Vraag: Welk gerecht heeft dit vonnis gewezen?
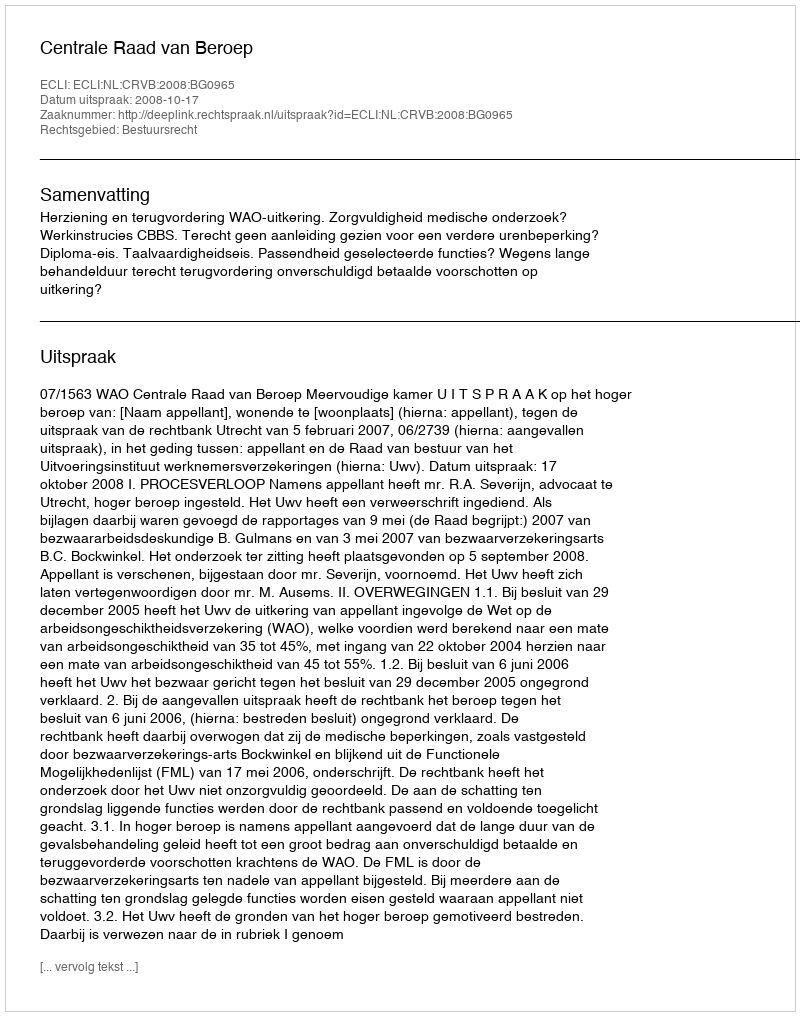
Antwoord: Centrale Raad van Beroep